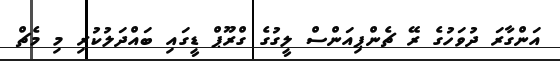
އަންގާރަ ދުވަހުގެ ރޭ ޗެންޕިއަންސް ލީގުގެ ގްރޫޕް ޑީގައި ބައްދަލުކުރި މި މެޗް